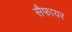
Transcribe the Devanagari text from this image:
सैफायर